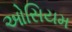
ઓસિયમ